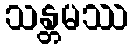
သန္တမဿ